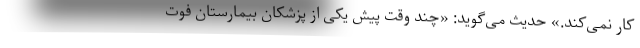
کار نمی‌کند.» حدیث می‌گوید: «چند وقت پیش یکی از پزشکان بیمارستان فوت